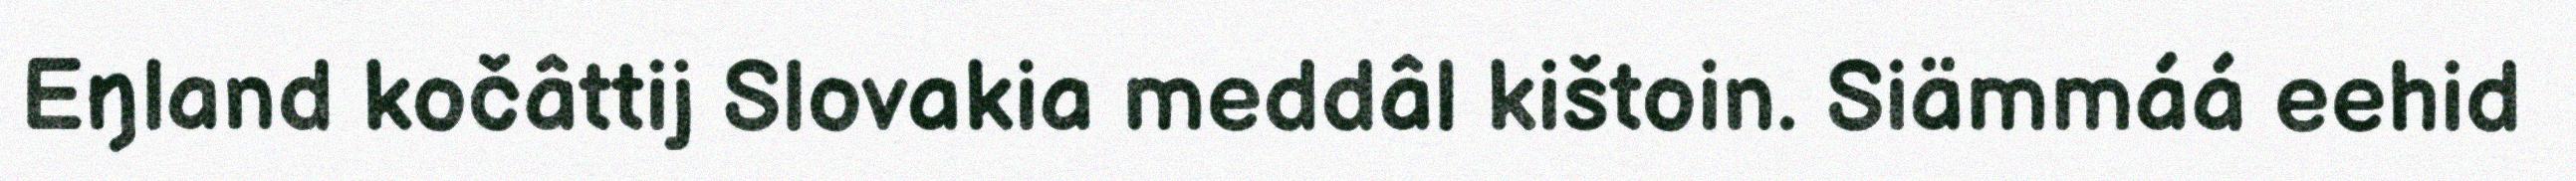
Eŋland kočâttij Slovakia meddâl kištoin. Siämmáá eehid